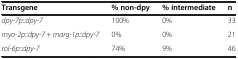
| Transgene | % non-dpy | % intermediate | n |
 | --- | --- | --- | --- |
 | dpy-7p::dpy-7 | 100% | 0% | 33 |
 | myo-2p::dpy-7 + marg-1p::dpy-7 | 0% | 0% | 21 |
 | rol-6p::dpy-7 | 74% | 9% | 46 |